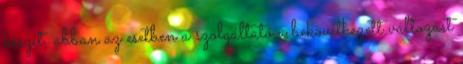
készít, abban az esetben a szolgáltató a bekövetkezett változást